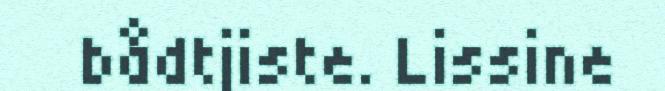
bådtjiste. Lissine